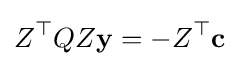
Z^{\top }QZ\mathbf {y} =-Z^{\top }\mathbf {c}